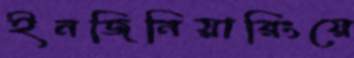
ইনজিনিয়ারিংয়ে